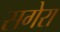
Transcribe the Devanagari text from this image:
सगेरा